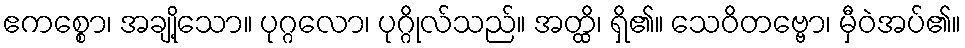
ဧကစ္စော၊ အချို့သော။ ပုဂ္ဂလော၊ ပုဂ္ဂိုလ်သည်။ အတ္ထိ၊ ရှိ၏။ သေဝိတဗ္ဗော၊ မှီဝဲအပ်၏။